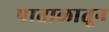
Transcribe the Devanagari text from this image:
पाताळातून